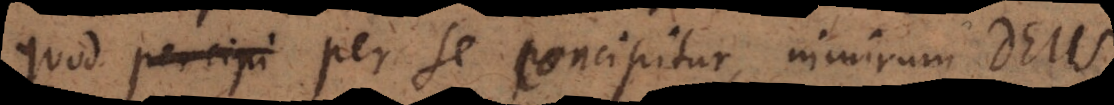
quod per se concipitur, nimirum Deus